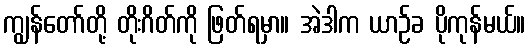
ကျွန်တော်တို့ တိုးဂိတ်ကို ဖြတ်ရမှာ။ အဲဒါက ယာဉ်ခ ပိုကုန်မယ်။